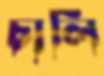
চালি